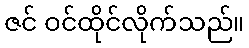
ဇင် ဝင်ထိုင်လိုက်သည်။